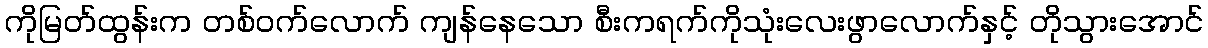
ကိုမြတ်ထွန်းက တစ်ဝက်လောက် ကျန်နေသော စီးကရက်ကိုသုံးလေးဖွာလောက်နှင့် တိုသွားအောင်